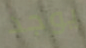
يوجد